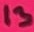
Text: 13